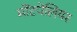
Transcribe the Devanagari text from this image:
मोंटपेलियर